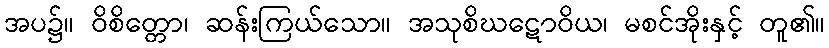
အပ၌။ ဝိစိတ္တော၊ ဆန်းကြယ်သော။ အသုစိဃဋောဝိယ၊ မစင်အိုးနှင့် တူ၏။